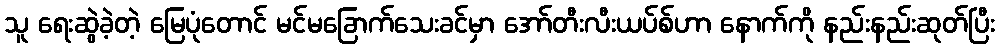
သူ ရေးဆွဲခဲ့တဲ့ မြေပုံတောင် မင်မခြောက်သေးခင်မှာ အော်တီးလီးယပ်စ်ဟာ နောက်ကို နည်းနည်းဆုတ်ပြီး